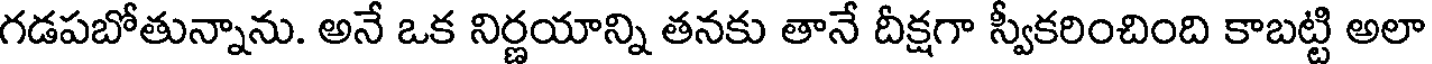
గడపబోతున్నాను. అనే ఒక నిర్ణయాన్ని తనకు తానే దీక్షగా స్వీకరించింది కాబట్టి అలా